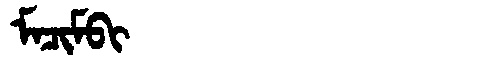
Manchu: ᠮᠠᠴᡳᠮᠪᡳ
Romanization: MACIMBI